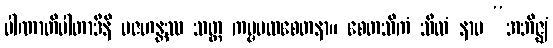
ပါဏာတိပါတာဒီနိ ပဇဟန္တဿ သတ္တ ကမ္မပထစေတနာ။ စေတသိကံ သီလံ နာမ “အဘိဇ္ဈံ